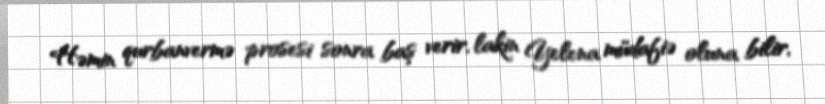
Həmin qurbanvermə prosesi sonra baş verir, lakin Yelena müdafiə oluna bilir,